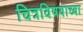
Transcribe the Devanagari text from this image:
चित्रविषयाच्या